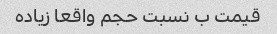
قیمت ب نسبت حجم واقعا زیاده